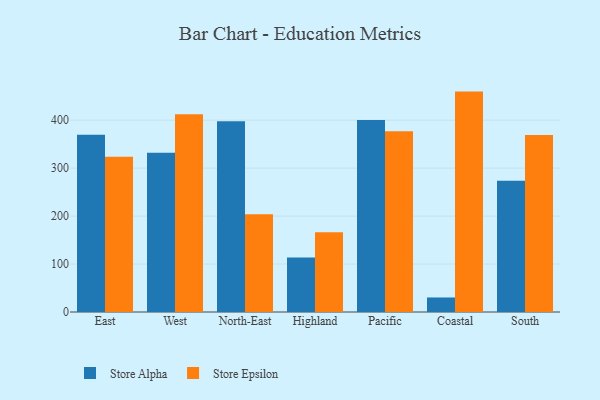
{"axis": {"x": "Region", "y": "Gross Profit (USD K)"}, "legend": ["Store Alpha", "Store Epsilon"], "data": [{"x": "East", "y": 369.5, "type": "Store Alpha"}, {"x": "East", "y": 324.0, "type": "Store Epsilon"}, {"x": "West", "y": 332.3, "type": "Store Alpha"}, {"x": "West", "y": 412.3, "type": "Store Epsilon"}, {"x": "North-East", "y": 397.8, "type": "Store Alpha"}, {"x": "North-East", "y": 203.7, "type": "Store Epsilon"}, {"x": "Highland", "y": 113.4, "type": "Store Alpha"}, {"x": "Highland", "y": 166.4, "type": "Store Epsilon"}, {"x": "Pacific", "y": 400.4, "type": "Store Alpha"}, {"x": "Pacific", "y": 376.8, "type": "Store Epsilon"}, {"x": "Coastal", "y": 30.3, "type": "Store Alpha"}, {"x": "Coastal", "y": 459.6, "type": "Store Epsilon"}, {"x": "South", "y": 273.7, "type": "Store Alpha"}, {"x": "South", "y": 368.9, "type": "Store Epsilon"}]}